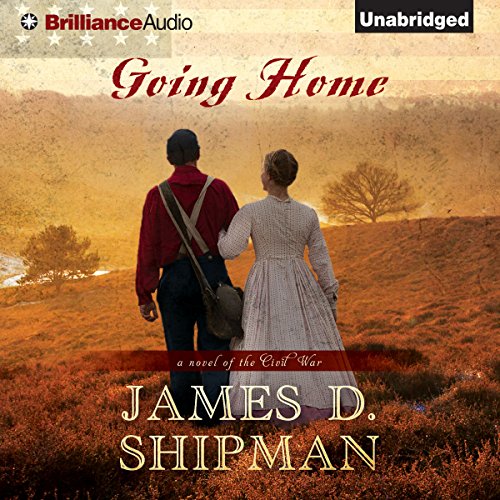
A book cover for Going Home: A Novel of the Civil War; James D. Shipman; Literature & Fiction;